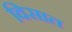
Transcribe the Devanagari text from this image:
विसात